Emmaste_vallavalitsus, lk 2
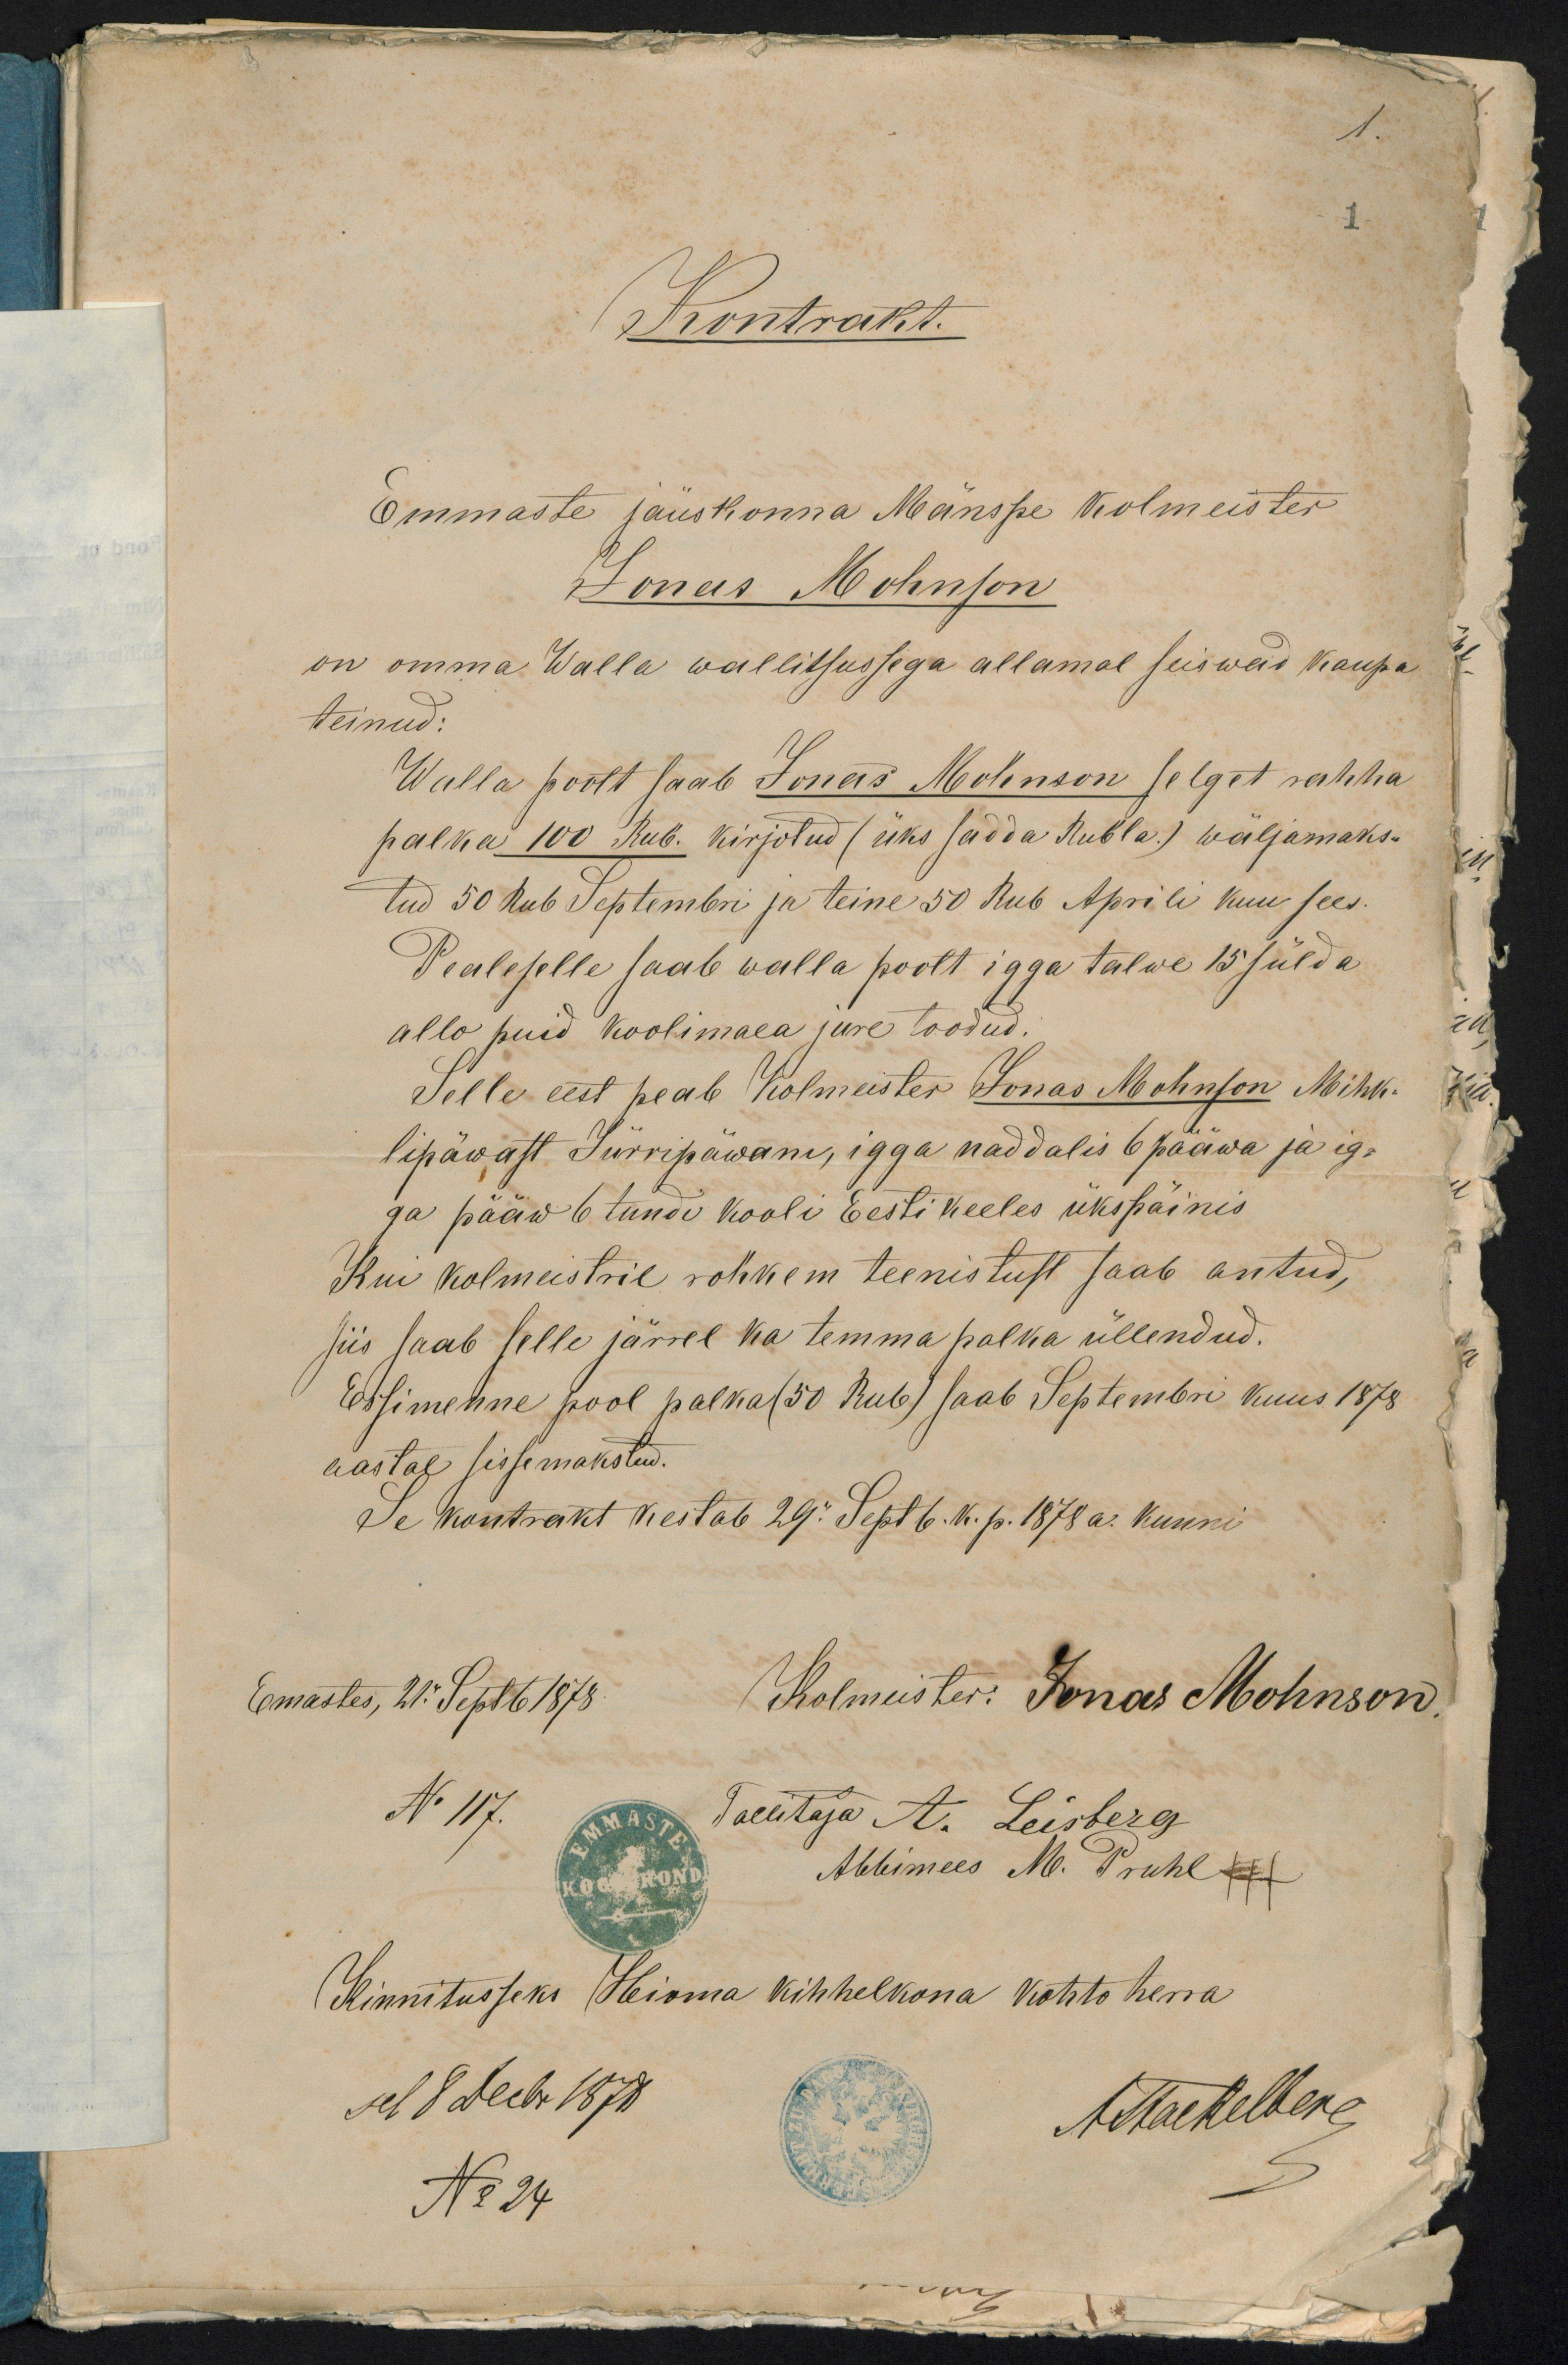
1.
Kontrakt.
Emmaste jäuskonna Määnspe kolmeister
Jonas Mohnson
on omma Walla wallitsussega allamal seiswad kaupa
teinud:
Walla poolt saab Jonas Mohnson selget rahha
palka 100 Rub. kirjotud (üks sadda Rubla.) wäljamaks-
tud 50 Rub Septembri ja teine 50 Rub Aprili kuu sees.
Pealeselle saab walla poolt igga talwe 15 sülda
allo puid koolimaea jure toodud.
Selle eest peab Kolmeister Jonas Mohnson Mihk-
lipäwast Jürripäwani, igga näddalis 6 pääwa ja ig-
ga pääw 6 tundi kooli Eesti keeles ükspäinis
Kui kolmeistril rohkem teenistust saab antud,
siis saab selle järrel ka temma palka üllendud.
Essimenne pool palka (50 Rub) saab Septembri kuus 1878
aastal sisse makstud.
Se kontrakt kestab 29." Septb. k. p. 1878 a. kuuni
Emastes, 21." Septb 1878. Kolmeister: Jonas Mohnson.
No 117.
Tallitaja A. Leisberg
Abbimees M. Pruhl +++
Kinnitusseks Heioma kihhelkona kohto herra
sel 8 Decbr 1878
A. Stackelberg
No 24